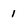
Character: 1